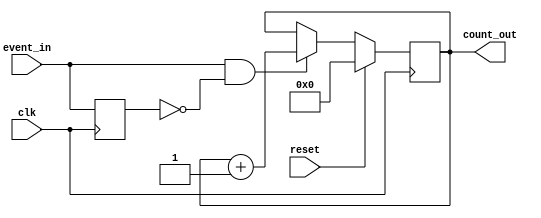
module event_counter (
    input wire clk,           // Clock signal
    input wire reset,         // Reset signal (active-high)
    input wire event_in,      // Event signal
    output reg [7:0] count_out // 8-bit count output
);

    // Internal signal to detect rising edge of event_in
    reg event_last; // To store the last state of event_in

    // Synchronous process
    always @(posedge clk) begin
        if (reset) begin
            // Reset the count to zero
            count_out <= 8'b0;
        end else begin
            // Detect rising edge of event_in
            if (event_in && !event_last) begin
                // Increment the count
                count_out <= count_out + 1;
            end
        end
        // Update the last event signal state
        event_last <= event_in;
    end

endmodule